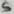
Text: 5